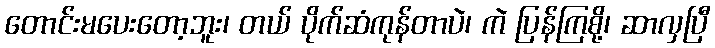
တောင်းမပေးတော့ဘူး၊ တယ် ပိုက်ဆံကုန်တာပဲ၊ ကဲ ပြန်ကြစို့၊ ဆာလှပြီ